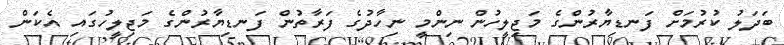
ބަދަލު ކުރުމަށް ފަނޑިޔާރުންގެ މަޖިލީހުން ނިންމީ ނިހާދުގެ ފަރާތުން ފަނޑިޔާރުންގެ މަޖިލީހުގައި އެކަން